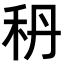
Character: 𥝳